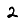
Digit: 2